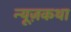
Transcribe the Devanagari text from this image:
न्यूज़कथा